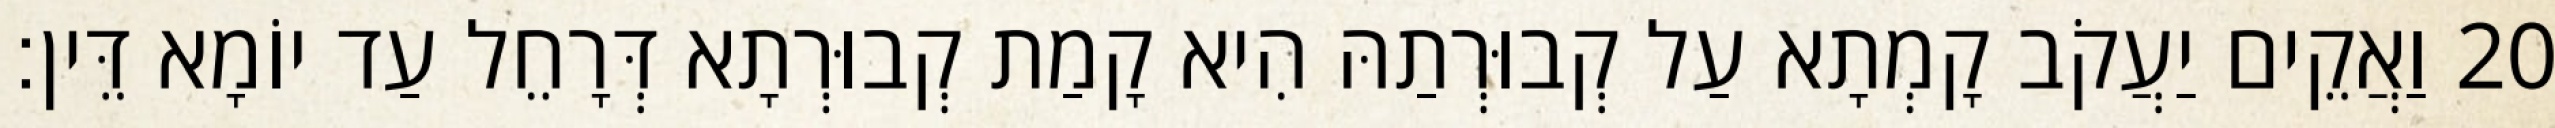
20 וַאֲקֵים יַעֲקֹב קָמְתָא עַל קְבוּרְתַהּ הִיא קָמַת קְבוּרְתָא דְּרָחֵל עַד יוֹמָא דֵּין׃